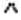
^